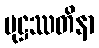
မုဋ္ဌဿတိနာ